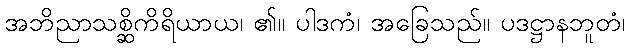
အဘိညာသစ္ဆိကိရိယာယ၊ ၏။ ပါဒကံ၊ အခြေသည်။ ပဒဋ္ဌာနဘူတံ၊